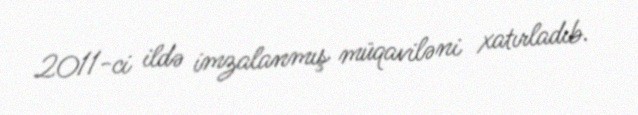
2011-ci ildə imzalanmış müqaviləni xatırladıb.